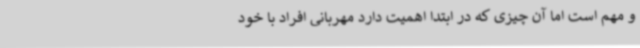
و مهم است اما آن چیزی که در ابتدا اهمیت دارد مهربانی افراد با خود